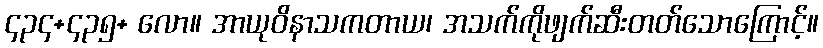
၄၃၄+၄၃၅+ လော။ အာယုဝိနာသကတာယ၊ အသက်ကိုဖျက်ဆီးတတ်သောကြောင့်။